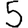
Digit: 5